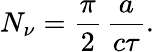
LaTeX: N_{\nu}={\frac{\pi}{2}}\, {\frac{a}{c\tau}}.